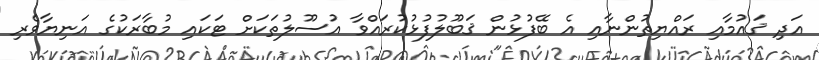
އަދި ޤައުމާއި ރައްޔިތުންނާއި އެ ބޭފުޅުން ޤަބޫލުފުޅުކުރައްވާ އުސޫލުތަކަށް ޓަކައި މުބާރަކުގެ އަނިޔާވެރި